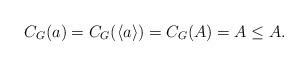
\begin{align*}C_G(a) = C_G(\langle a \rangle) = C_G(A) = A \leq A.\end{align*}